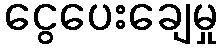
ငွေပေးချေမှု